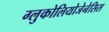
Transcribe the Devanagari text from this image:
ग्लुकोलियोजेनेसिस